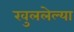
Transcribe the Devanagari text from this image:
खुललेल्या